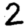
Digit: 2